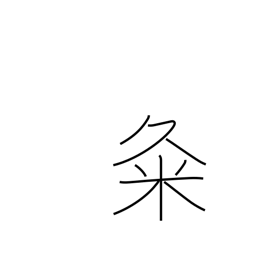
Meaning: used in proper names